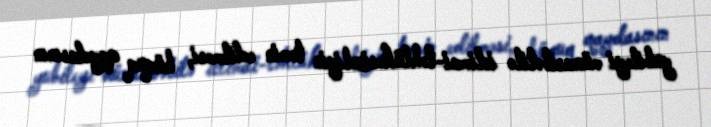
yubileyi münasibətilə ictimai-təhlükəsizliyin təmin edilməsi, hüquq qaydasının